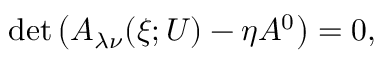
\begin{array} { r } { \operatorname* { d e t } \left( A _ { \lambda \nu } ( \xi ; U ) - \eta A ^ { 0 } \right) = 0 , } \end{array}